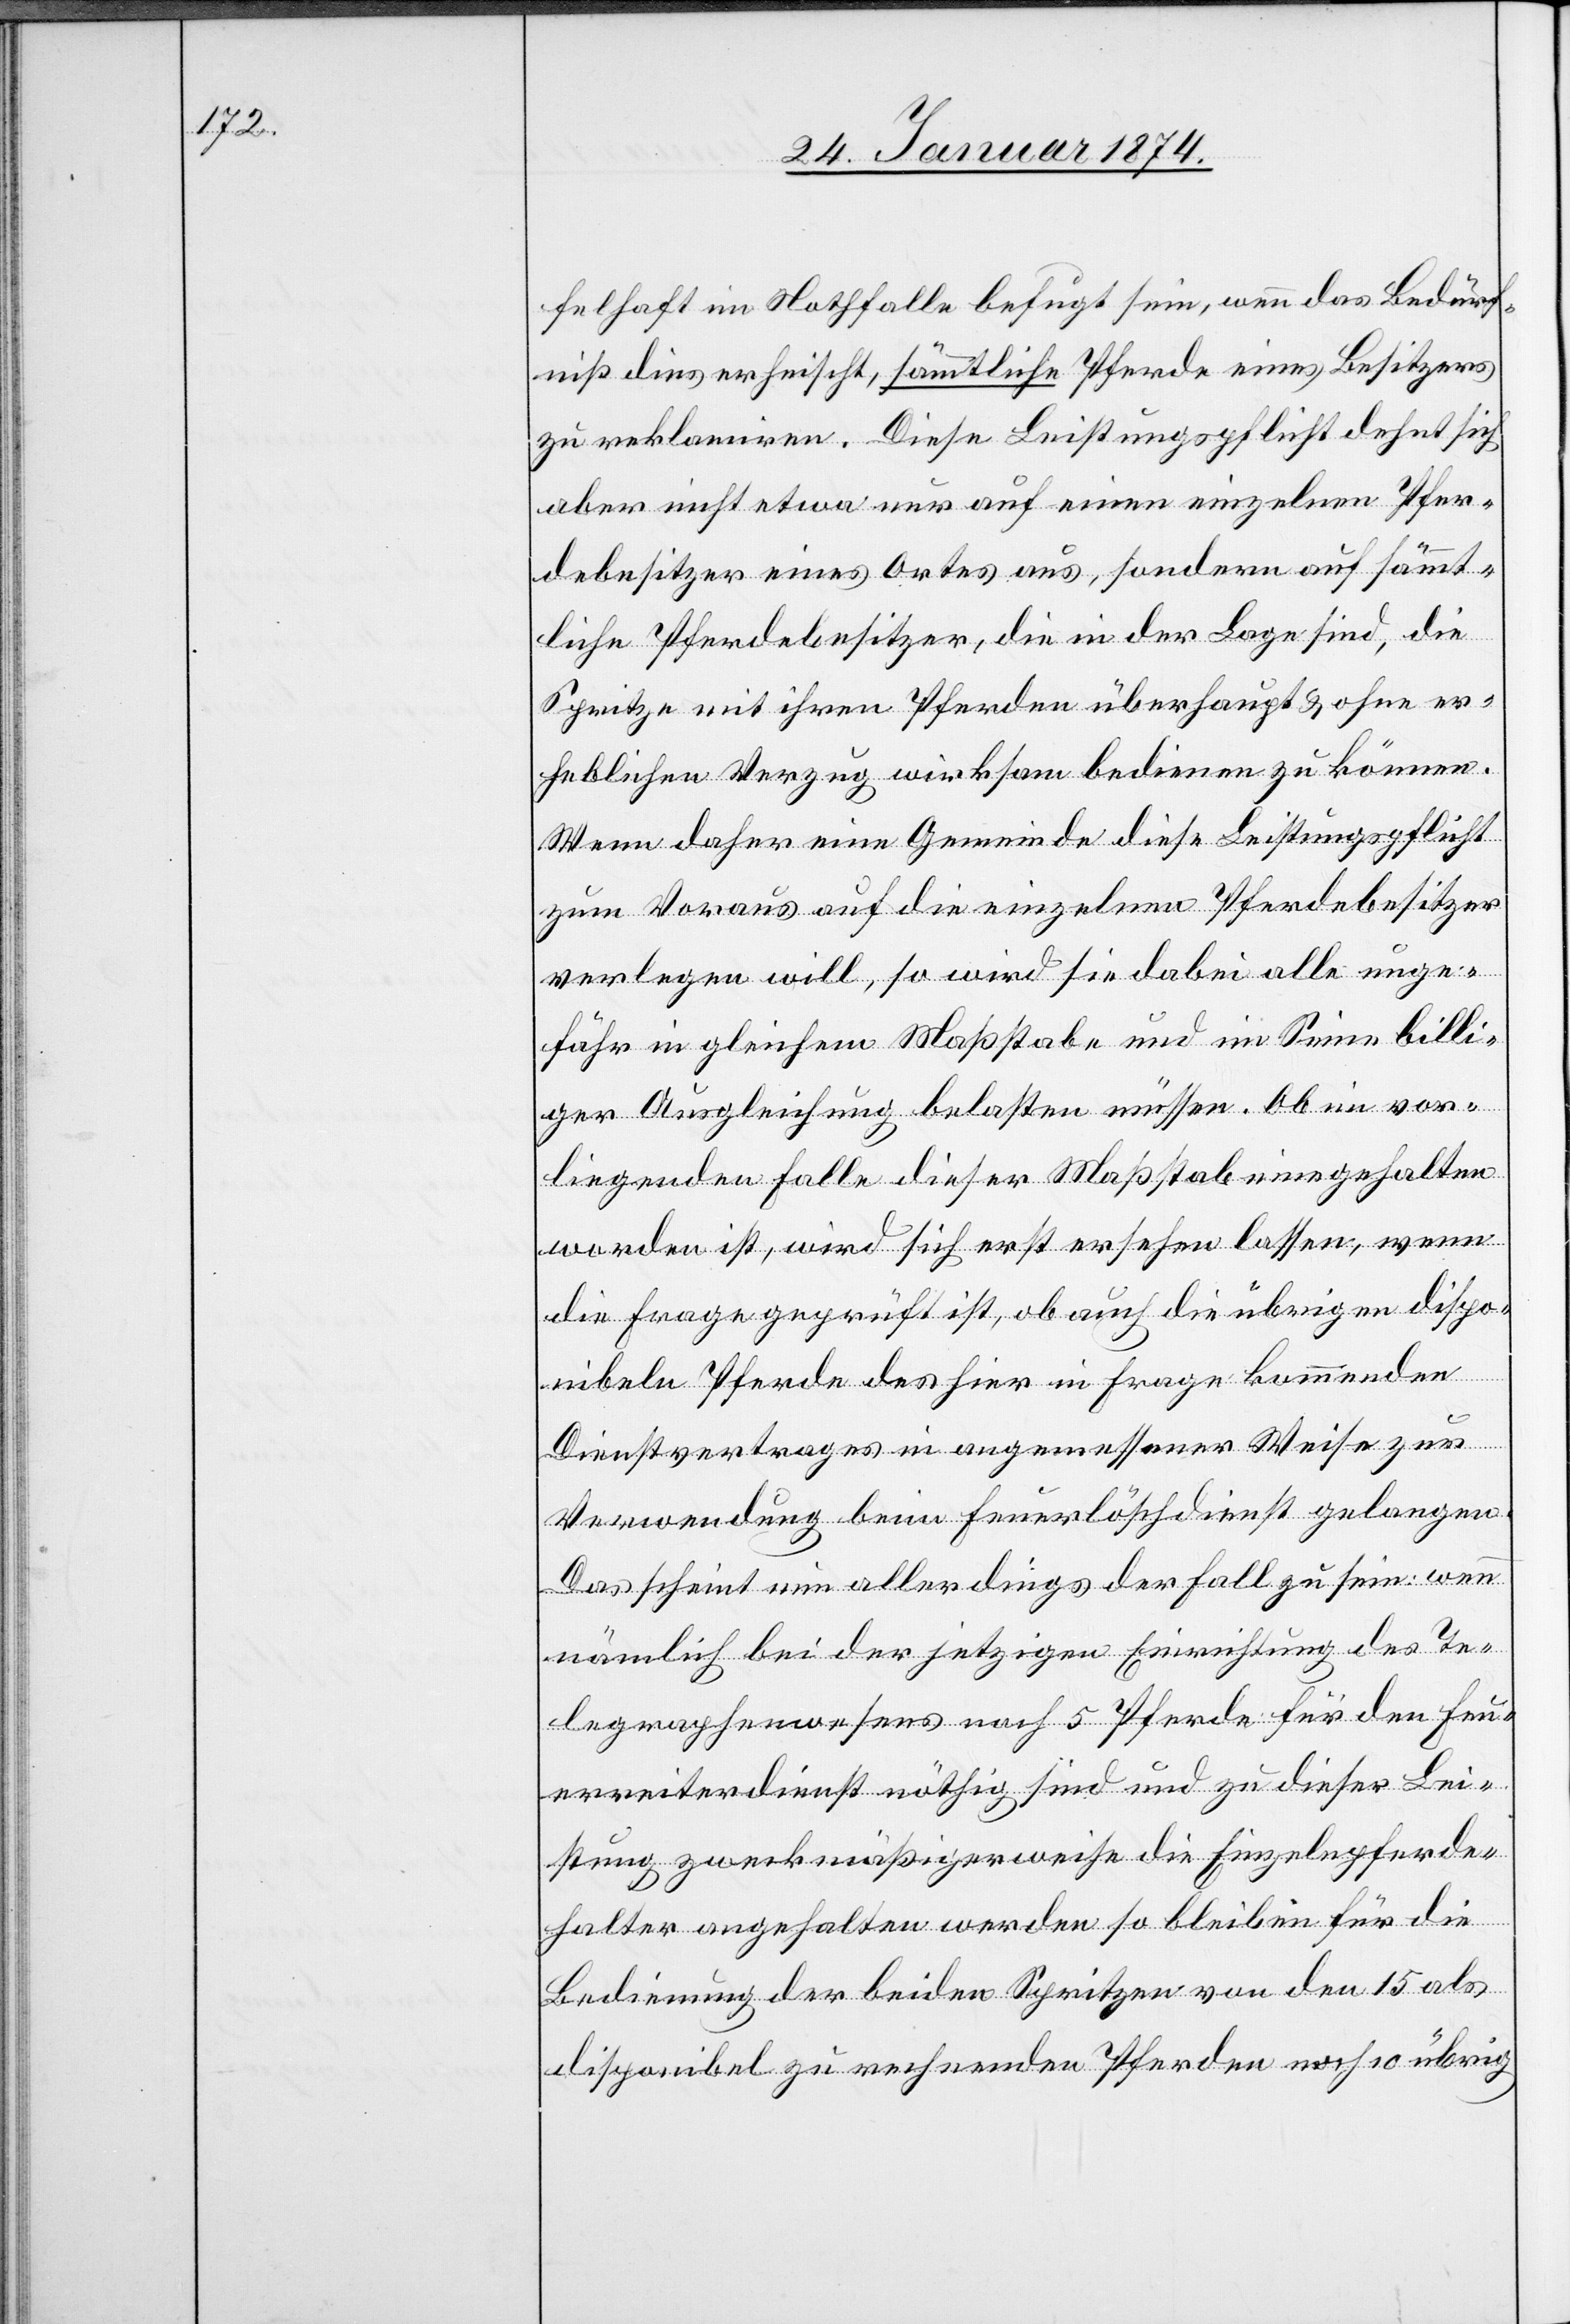
felhaft im Nothfalle befugt sein, wenn das Bedürf¬
niß dieser heischt, sämmtliche Pferde eines Besitzers
zu reklamiren. Diese Leistungspflicht dehnt sich
aber nicht etwa nur auf einen einzelnen Pfer¬
debesitzer eines Ortes aus, sondern auf sämmt¬
liche Pferdebesitzer, die in der Lage sind, die
Spritze mit ihren Pferden überhaupt & ohne er¬
heblichen Verzug wirksam bedienen zu können.
Wenn daher eine Gemeinde diese Leistungspflicht
zum Voraus auf die einzelnen Pferdebesitzer
verlegen will, so wird sie dabei alle unge¬
fähr in gleichem Maßstabe und im Sinne bill¬
iger Ausgleichung belasten müssen. Ob im vor¬
liegenden Falle dieser Maßstab eingehalten
worden ist, wird sich erst ersehen lassen, wenn
die Frage geprüft ist, ob auch die übrigen dispo¬
nibeln Pferde des hier in Frage kommenden
Dienstvertrages in angemessener Weise zur
Verwendung beim Feuerlöschdienst gelangen.
Das scheint nun allerdings der Fall zu sein wenn
nämlich bei der jetzigen Einrichtung des Te¬
legraphenwesens noch 5 Pferde für den Feu¬
erreiterdienst nöthig sind und zu dieser Lei¬
stung zweckmäßigerweise die Einzelpferde¬
halter angehalten werden so bleiben für die
Bedienung der beiden Spritzen von den 15 als
disponibel zu rechnenden Pferden noch 10 übrig